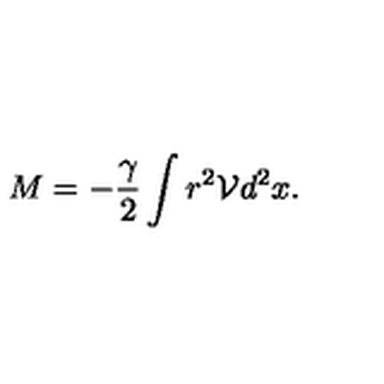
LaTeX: M = - \frac { \gamma } { 2 } \int r ^ { 2 } \mathcal { V } d ^ { 2 } x .